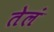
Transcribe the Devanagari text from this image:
तेलं